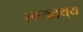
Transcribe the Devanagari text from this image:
स्वयंतथ्‌य